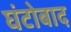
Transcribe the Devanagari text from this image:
घंटोबाद